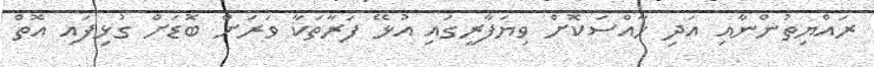
ރައްޔިތުންނާއި އަދި ހާއްސަކޮށް ވިޔަފާރީގައި އުޅޭ ފަރާތަކާ ވަރަށް ބޮޑަށް ގުޅިފައި އޮތް